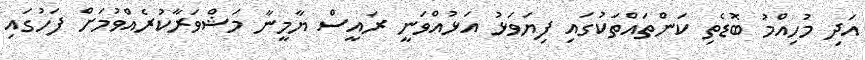
އަދި މުހިއްމު ބޮޑެތި ކަންތައްތަކުގައި ފިޔަވަޅު އަޅުއްވަނީ ރައީސް ޔާމީނާ މަޝްވަރާކުރެއްވުމަށް ފަހުގައި